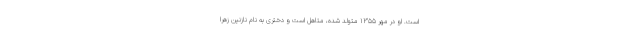
است. او در مهر ۱۳۵۵ متولد شده، متاهل است و دختری به نام نازنین زهرا